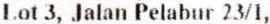
LOT 3, JALAN PELABUR 23/1,